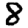
Digit: 8